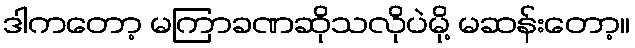
ဒါကတော့ မကြာခဏဆိုသလိုပဲမို့ မဆန်းတော့။